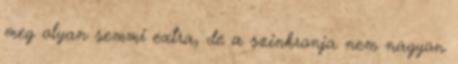
meg olyan semmi extra, de a szinkronja nem nagyon